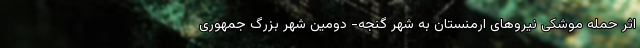
اثر حمله موشکی نیروهای ارمنستان به شهر گنجه- دومین شهر بزرگ جمهوری